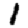
Digit: 1